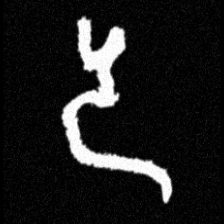
Pyu character \u2014 Myanmar letter: ဒ (romanized: da)